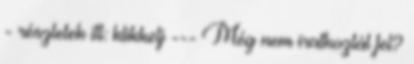
- részletek itt: klikkelj --- Még nem iratkoztál fel?